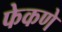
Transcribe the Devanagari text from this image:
फेकणे